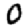
Digit: 0